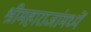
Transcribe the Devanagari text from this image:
श्रीमहाराजांमध्यें